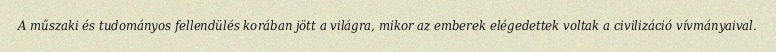
A műszaki és tudományos fellendülés korában jött a világra, mikor az emberek elégedettek voltak a civilizáció vívmányaival.